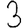
Digit: 3